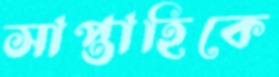
সাপ্তাহিকে